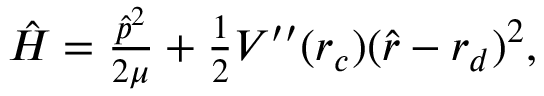
\begin{array} { r } { { \hat { H } } = \frac { { \hat { p } } ^ { 2 } } { 2 \mu } + \frac { 1 } { 2 } V ^ { \prime \prime } ( r _ { c } ) ( { \hat { r } } - r _ { d } ) ^ { 2 } , } \end{array}